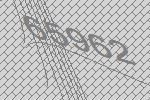
65962